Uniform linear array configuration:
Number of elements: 8
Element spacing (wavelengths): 0.75
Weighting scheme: blackman
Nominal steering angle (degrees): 15
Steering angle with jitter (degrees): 15.045
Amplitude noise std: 0.05
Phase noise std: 0.05

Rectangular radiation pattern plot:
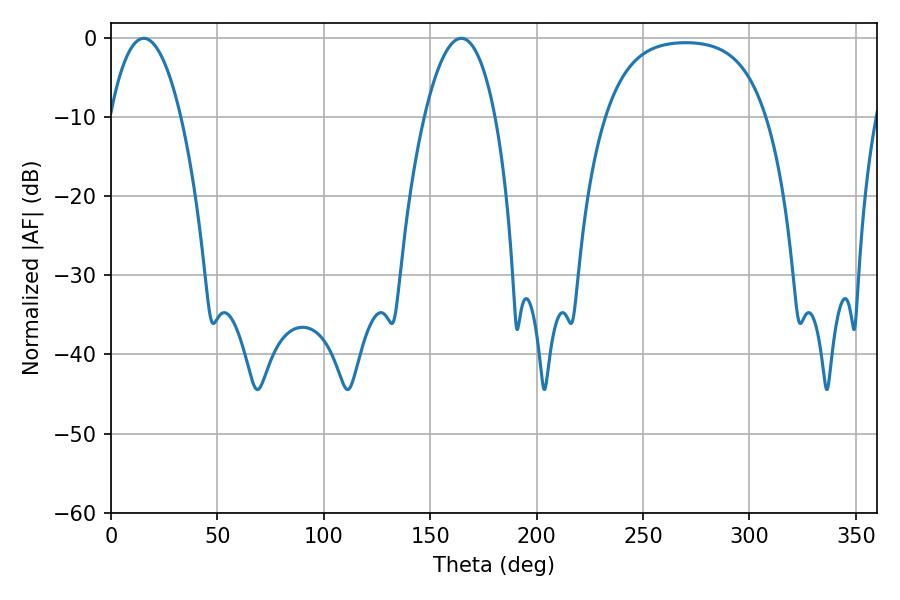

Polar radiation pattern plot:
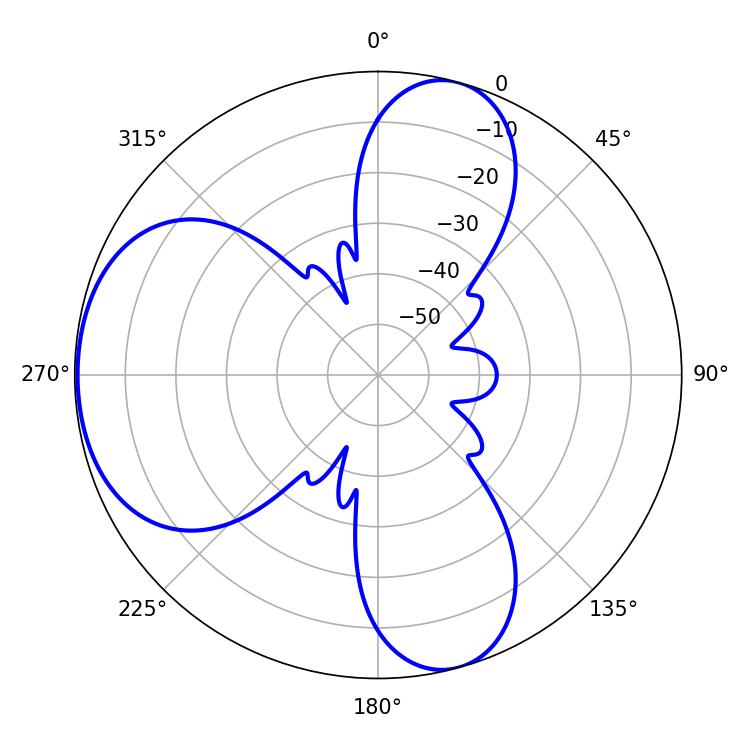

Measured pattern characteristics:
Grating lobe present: TRUE
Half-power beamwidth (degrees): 18.36
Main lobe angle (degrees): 15.48